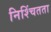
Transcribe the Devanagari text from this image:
निश्चिंतता